Lunatic asylums Central Provinces reports 1886-1894 - 1886-1894
Year: 1886
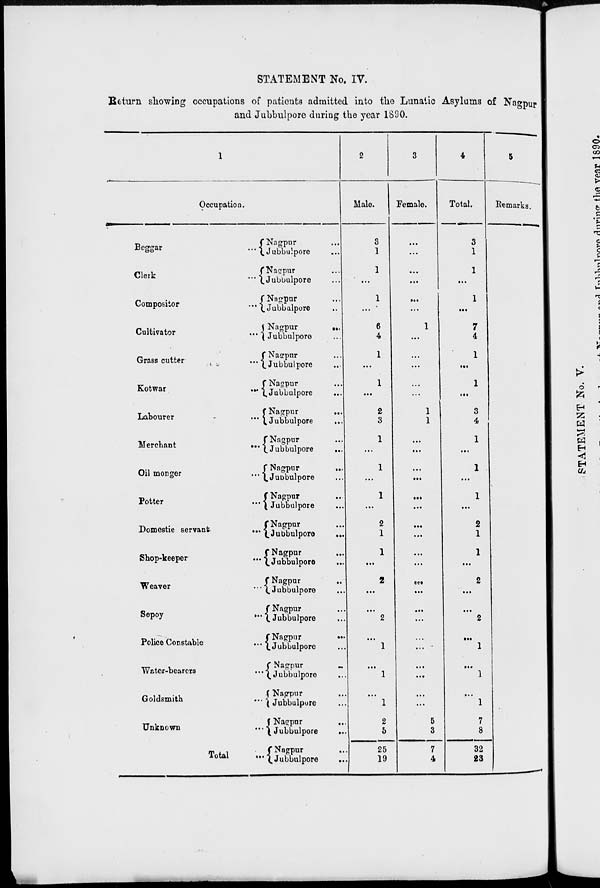
STATEMENT No. IV.
Return showing occupations of patients admitted into the Lunatic Asylums of Nagpur
and Jubbulpore during the year 1890.
1
Occupation.
Beggar
...
Clerk
...
Compositor
...
Cultivator
...
Grass cutter
...
Kotwar
...
Labourer
...
Merchant
...
Oil monger
...
Potter
...
Domestic servant
...
Shop-keeper
...
Weaver ...
Sepoy ...
Police Constable ...
Water-bearers ...
Goldsmith
...
Unknown ...
Total ...
Nagpur ...
Jubbulpore ...
Nagpur ...
Jubbulpore ...
Nagpur ...
Jubbulpore ...
Nagpur
...
Jubbulpore ...
Nagpur ...
Jubbulpore ...
Nagpur ...
Jubbulpore
...
Nagpur
...
Jubbulpore
...
Nagpur ...
Jubbulpore
...
Nagpur
...
Jubbulpore ...
Nagpur ...
Jubbulpore ...
Nagpur ...
Jubbulpore
...
Nagpur ...
Jubbulpore ...
Nagpur ...
Jubbulpore ...
Nagpur ...
Jubbulpore ...
Nagpur
...
Jubbulpore ...
Nagpur ...
Jubbulpore ...
Nagpur ...
Jubbulpore ...
Nagpur ...
Jubbulpore
...
Nagpur ...
Jubbulpore
...
2
Male.
3
1
1
...
1
...
6
4
1
...
1
...
2
3
1
...
1
...
1
...
2
1
1
...
2
...
...
2
...
1
...
1
...
1
2
5
25
19
3
Female.
...
...
...
...
...
...
1
...
...
...
...
...
1
1
...
...
...
...
...
...
...
...
...
...
...
...
...
...
...
...
...
...
...
...
5
3
7
4
4
Total.
3
1
1
...
1
...
7
4
1
...
1
...
3
4
1
...
1
...
1
...
2
1
1
...
2
...
...
2
...
1
...
1
...
1
7
8
32
23
5
Remarks.